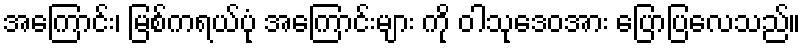
အကြောင်း၊ မြစ်ကရယ်ပုံ အကြောင်းများ ကို ဝါသုဒေဝအား ပြောပြလေသည်။